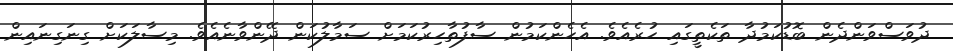
ދުވަސްވަންދެން ބޮޑުކަމުދާ ތަކެތީގައި ހުރެއެވެ. އެހެންކަމުން ސާފުތާހިރުކަމަށް ސަމާލުކަން ދޭންވާނެއެވެ. މިސާލަކަށް ގިނަގިނައިން